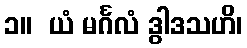
၁။  ယံ မင်္ဂလံ ဒွါဒသဟိ၊